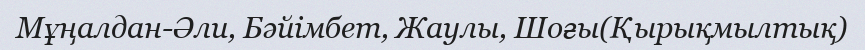
Мұңалдан-Әли, Бәйімбет, Жаулы, Шоғы(Қырықмылтық)